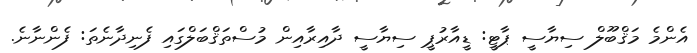
އެންމެ މަޤްބޫލް ސިޔާސީ ޕާޓީ: ޑީއާރުޕީ ސިޔާސީ ދާއިރާއިން މުސްތަޤްބަލްގައި ފެނިދާނެތަ: ފެންނާނެ.